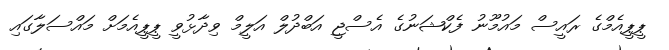
ޕީޕީއެމްގެ ރައީސް މައުމޫނު ފެކްޝަނުގެ އެސްޖީ އަބްދުލް އަލީމް ވިދާޅުވީ ޕީޕީއެމަށް މައްސަލާގައި